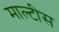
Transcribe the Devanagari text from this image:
माल्टीस